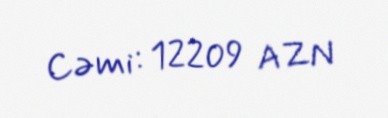
Cəmi: 12209 AZN